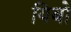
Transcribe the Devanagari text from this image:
यिबो